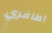
أظافري